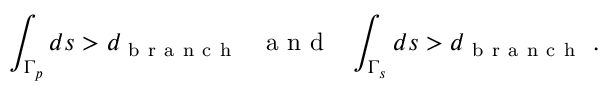
\int _ { \Gamma _ { p } } d s > d _ { \mathrm { ~ b ~ r ~ a ~ n ~ c ~ h ~ } } \ \ \mathrm { ~ a ~ n ~ d ~ } \ \ \int _ { \Gamma _ { s } } d s > d _ { \mathrm { ~ b ~ r ~ a ~ n ~ c ~ h ~ } } \ .